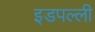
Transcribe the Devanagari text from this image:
इडपल्ली